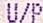
U/P